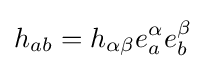
h_{ab}=h_{\alpha \beta }e_{a}^{\alpha }e_{b}^{\beta }